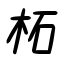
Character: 柘